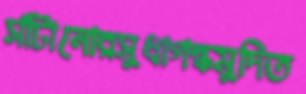
সাঁটানোরসুধাগন্ধমুদিত